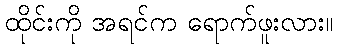
ထိုင်းကို အရင်က ရောက်ဖူးလား။